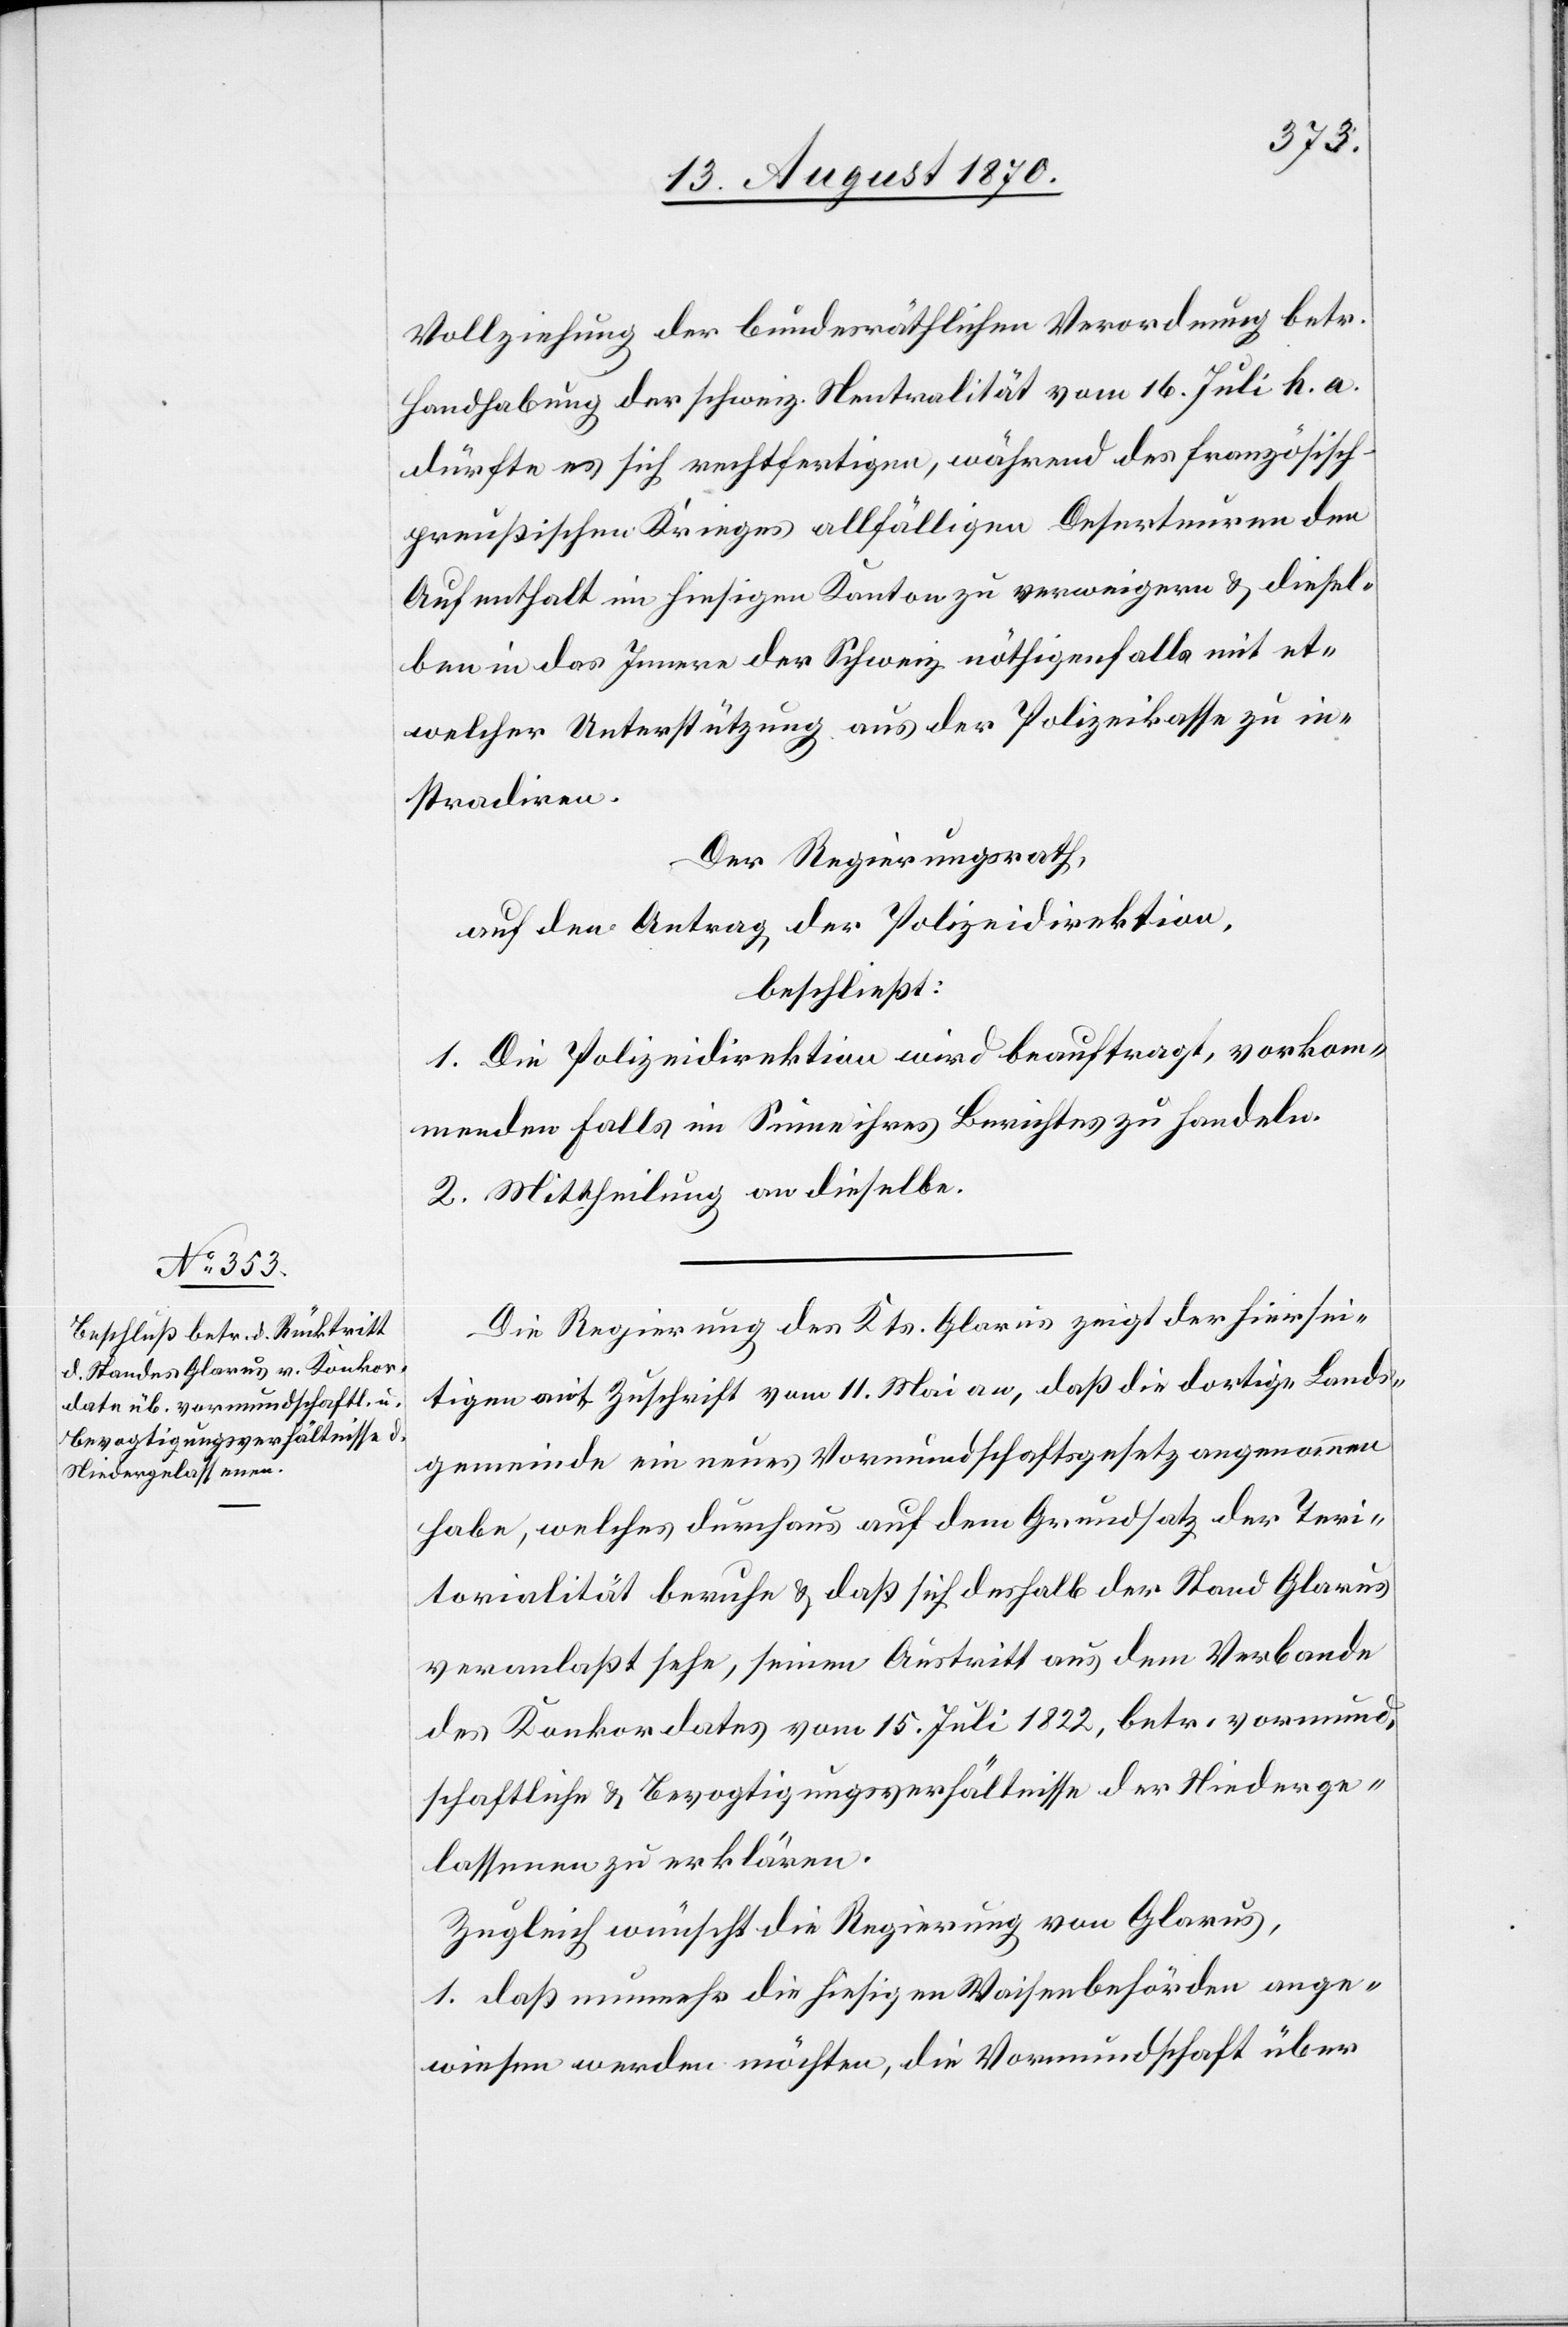
Vollziehung der bundesräthlichen Verordnung betr.
Handhabung der schweiz. Neutralität vom 16. Juli h. a.
dürfte es sich rechtfertigen, während des französisch-p¬
reußischen Krieges allfälligen Deserteuren den
Aufenthalt im hiesigen Kanton zu verweigern & diesel¬
be in das Innere der Schweiz, nöthigenfalls mit et¬
welcher Unterstützung aus der Polizeikasse zu in¬
stradiren.
Der Regierungsrath,
auf den Antrag der Polizeidirektion,
beschließt:
1. Die Polizeidirektion wird beauftragt, vorkom¬
menden Falls im Sinne ihres Berichtes zu handeln.
2. Mittheilung an dieselbe.
Die Regierung des Kts. Glarus zeigt der hiersei¬
tigen mit Zuschrift vom 11. Mai an, daß die dortige Lands¬
gemeinde ein neues Vormundschaftsgesetz angenommen
habe, welches durchaus auf dem Grundsatz der Teri¬
torialität beruhe & daß sich deshalb der Stand Glarus
veranlaßt sehe, seinen Austritt aus dem Verbande
des Konkordates vom 15. Juli 1822, betr. vormund¬
schaftliche & Bevogtigungsverhältnisse der Niederge¬
lassenen zu erklären.
Zugleich wünscht die Regierung von Glarus,
1. daß nunmehr die hiesigen Waisenbehörden ange¬
wiesen werden möchten, die Vormundschaft über